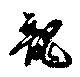
龍